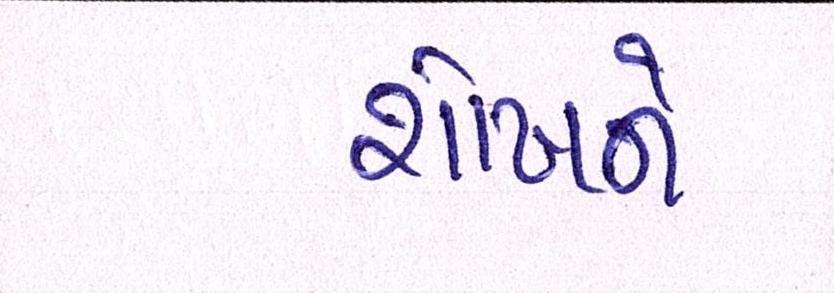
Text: શોખને